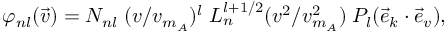
\varphi _ { n l } ( \vec { v } ) = N _ { n l } \; ( v / v _ { m _ { A } } ) ^ { l } \; L _ { n } ^ { l + 1 / 2 } ( v ^ { 2 } / v _ { m _ { A } } ^ { 2 } ) \; P _ { l } ( \vec { e } _ { k } \cdot \vec { e } _ { v } ) ,